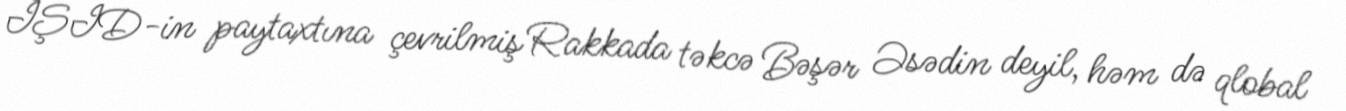
İŞİD-in paytaxtına çevrilmiş Rakkada təkcə Bəşər Əsədin deyil, həm də qlobal